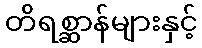
တိရစ္ဆာန်များနှင့်